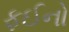
ફઈનો